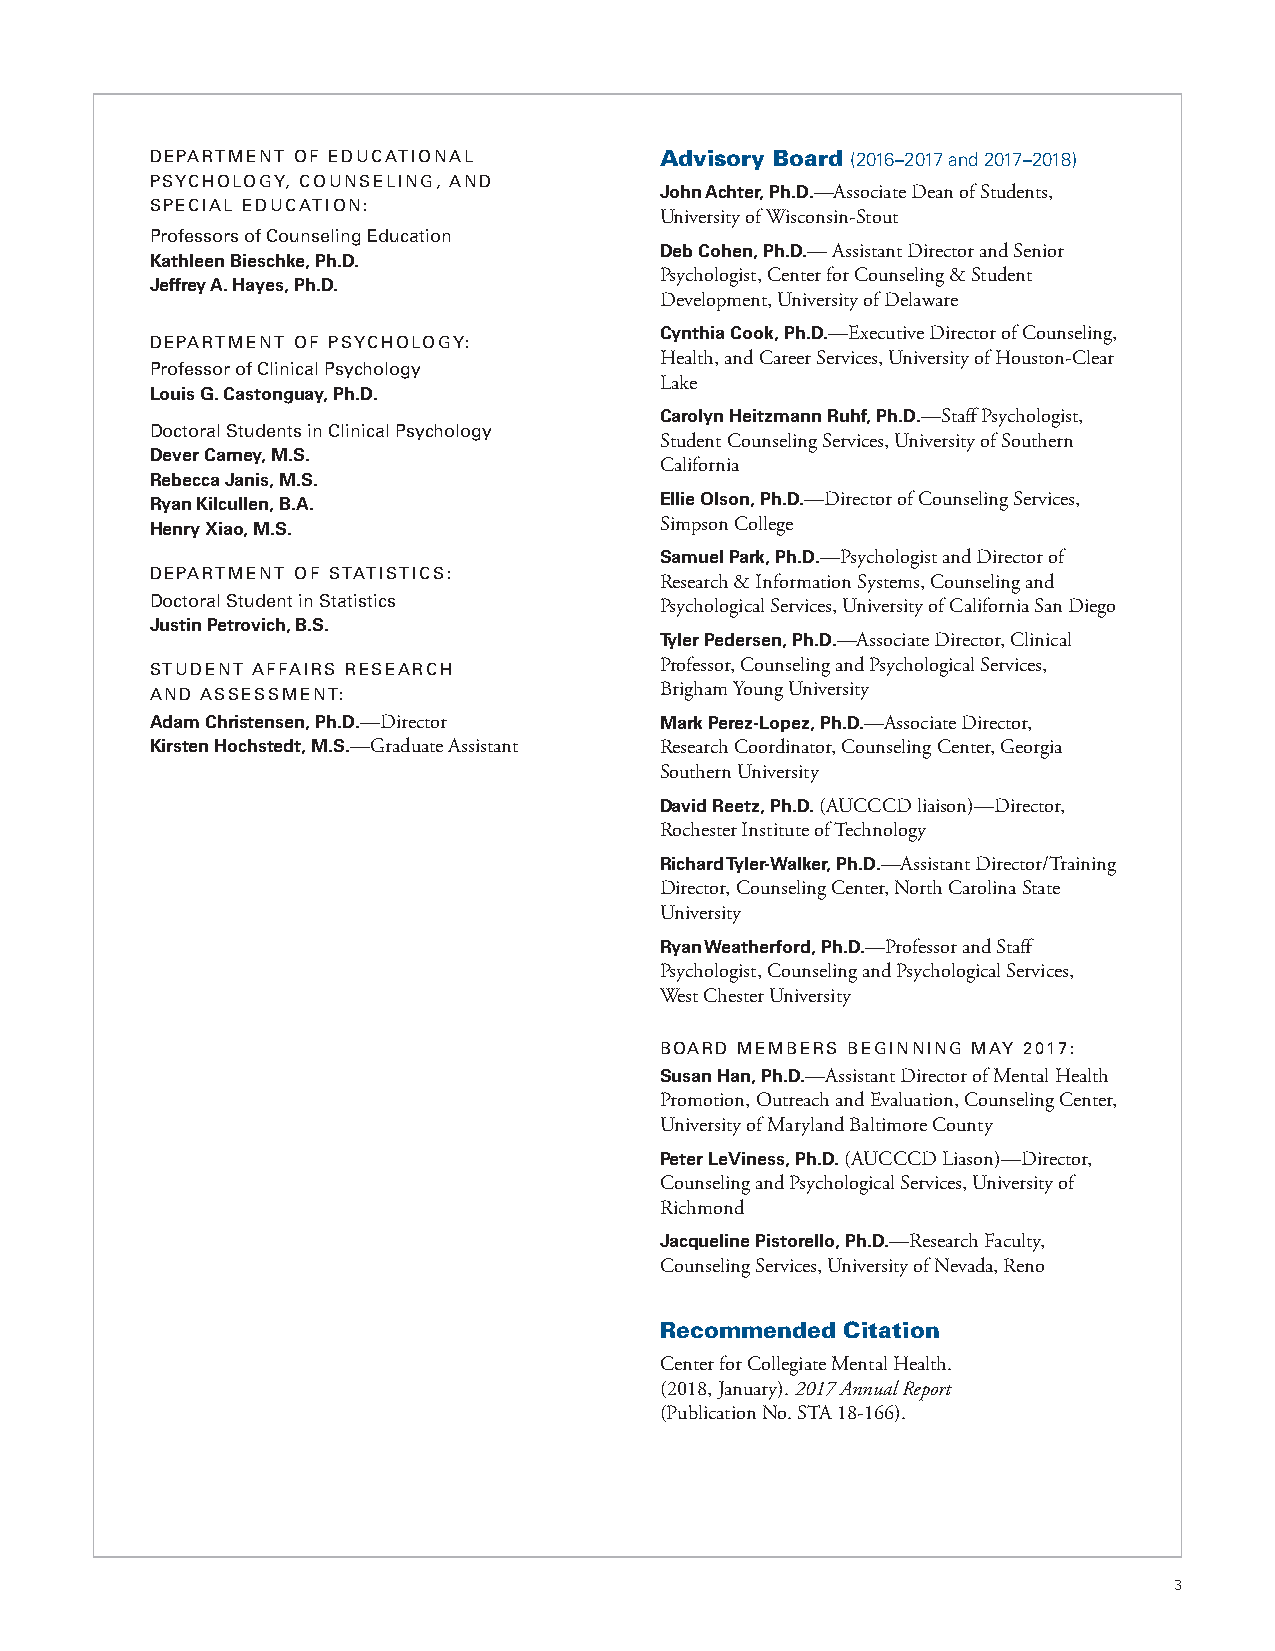
DEPARTMENT OF EDUCATIONAL         Advisory Board (2016–2017 and 2017–2018)
 PSYCHOLOGY, COUNSELING, AND
 John Achter, Ph.D.—Associate Dean of Students,
 SPECIAL EDUCATION:
 University of Wisconsin-Stout
 Professors of Counseling Education
 Deb Cohen, Ph.D.— Assistant Director and Senior
 Kathleen Bieschke, Ph.D.
 Psychologist, Center for Counseling & Student
 Jeffrey A. Hayes, Ph.D.
 Development, University of Delaware
 Cynthia Cook, Ph.D.—Executive Director of Counseling,
 DEPARTMENT OF PSYCHOLOGY:
 Health, and Career Services, University of Houston-Clear
 Professor of Clinical Psychology
 Lake
 Louis G. Castonguay, Ph.D.
 Carolyn Heitzmann Ruhf, Ph.D.—Staff Psychologist,
 Doctoral Students in Clinical Psychology
 Student Counseling Services, University of Southern
 Dever Carney, M.S.
 California
 Rebecca Janis, M.S.
 Ryan Kilcullen, B.A.              Ellie Olson, Ph.D.—Director of Counseling Services,
 Henry Xiao, M.S.                  Simpson College
 Samuel Park, Ph.D.—Psychologist and Director of
 DEPARTMENT OF STATISTICS:
 Research & Information Systems, Counseling and
 Doctoral Student in Statistics    Psychological Services, University of California San Diego
 Justin Petrovich, B.S.
 Tyler Pedersen, Ph.D.—Associate Director, Clinical
 STUDENT AFFAIRS RESEARCH          Professor, Counseling and Psychological Services,
 AND ASSESSMENT:                   Brigham Young University
 Adam Christensen, Ph.D.—Director  Mark Perez-Lopez, Ph.D.—Associate Director,
 Kirsten Hochstedt, M.S.—Graduate Assistant Research Coordinator, Counseling Center, Georgia
 Southern University
 David Reetz, Ph.D. (AUCCCD liaison)—Director,
 Rochester Institute of Technology
 Richard Tyler-Walker, Ph.D.—Assistant Director/Training
 Director, Counseling Center, North Carolina State
 University
 Ryan Weatherford, Ph.D.—Professor and Staff
 Psychologist, Counseling and Psychological Services,
 West Chester University
 BOARD MEMBERS BEGINNING MAY 2017:
 Susan Han, Ph.D.—Assistant Director of Mental Health
 Promotion, Outreach and Evaluation, Counseling Center,
 University of Maryland Baltimore County
 Peter LeViness, Ph.D. (AUCCCD Liason)—Director,
 Counseling and Psychological Services, University of
 Richmond
 Jacqueline Pistorello, Ph.D.—Research Faculty,
 Counseling Services, University of Nevada, Reno
 Recommended Citation
 Center for Collegiate Mental Health.
 (2018, January). 2017 Annual Report
 (Publication No. STA 18-166).
 3